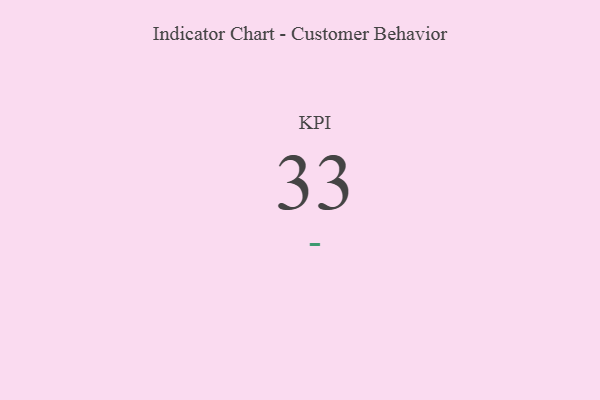
{"axis": {"x": "KPI", "y": "Value"}, "legend": [""], "data": [{"x": "KPI", "y": 33, "type": ""}]}